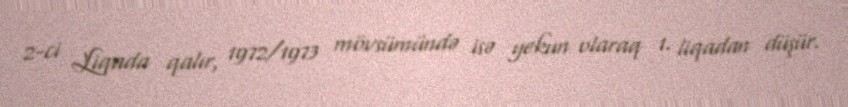
2-ci Liqada qalır, 1972/1973 mövsümündə isə yekun olaraq 1. liqadan düşür.